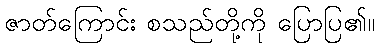
ဇာတ်ကြောင်း စသည်တို့ကို ပြောပြ၏။